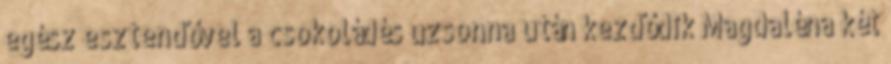
egész esztendővel a csokoládés uzsonna után kezdődik Magdaléna két